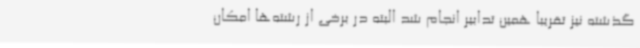
گذشته نیز تقریبا همین تدابیر انجام شد البته در برخی از رشته‌ها امکان